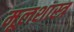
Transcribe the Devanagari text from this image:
मूलशास्त्र